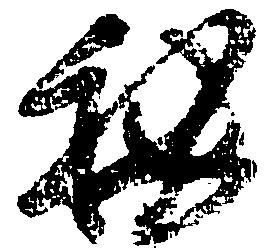
秘